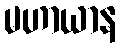
မဟာယာန